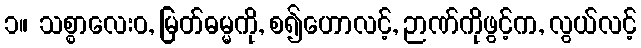
၁။ သစ္စာလေးဝ, မြတ်ဓမ္မကို, စ၍ဟောလင့်, ဉာဏ်ကိုဖွင့်က, လွယ်လင့်